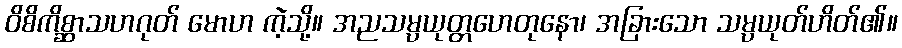
ဝိစိကိစ္ဆာသဟဂုတ် မောဟ ကဲ့သို့။ အညသမ္ပယုတ္တဟေတုနော၊ အခြားသော သမ္ပယုတ်ဟိတ်၏။